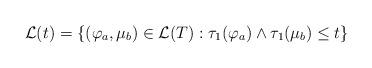
LaTeX: \begin{align*}\mathcal{L}(t) = \{(\varphi_a,\mu_b)\in \mathcal{L}(T): \tau_1(\varphi_a)\wedge\tau_1(\mu_b) \le t\}\end{align*}